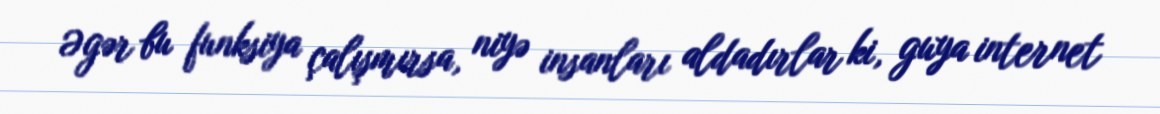
Əgər bu funksiya çalışmırsa, niyə insanları aldadırlar ki, guya internet